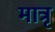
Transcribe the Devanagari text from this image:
मात्रृ